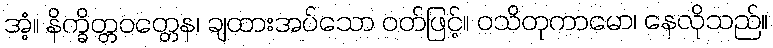
အံ့။ နိက္ခိတ္တဝတ္တေန၊ ချထားအပ်သော ဝတ်ဖြင့်။ ဝသိတုကာမော၊ နေလိုသည်။